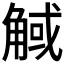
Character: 𧣼